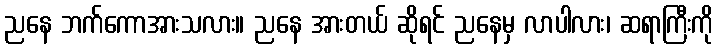
ညနေ ဘက်ကောအားသလား။ ညနေ အားတယ် ဆိုရင် ညနေမှ လာပါလား၊ ဆရာကြီးကို